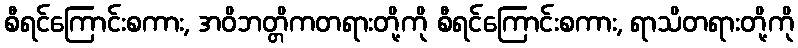
စီရင်ကြောင်းစကား, အဝိဘတ္တိကတရားတို့ကို စီရင်ကြောင်းစကား, ရာသိတရားတို့ကို